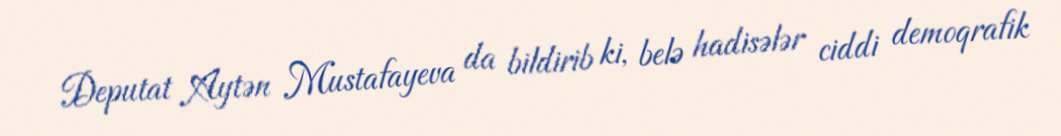
Deputat Aytən Mustafayeva da bildirib ki, belə hadisələr ciddi demoqrafik